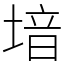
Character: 堷